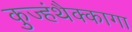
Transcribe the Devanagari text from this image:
कुज्हंथैक्कागा